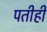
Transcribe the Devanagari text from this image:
पतीही